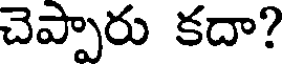
చెప్పారు కదా?